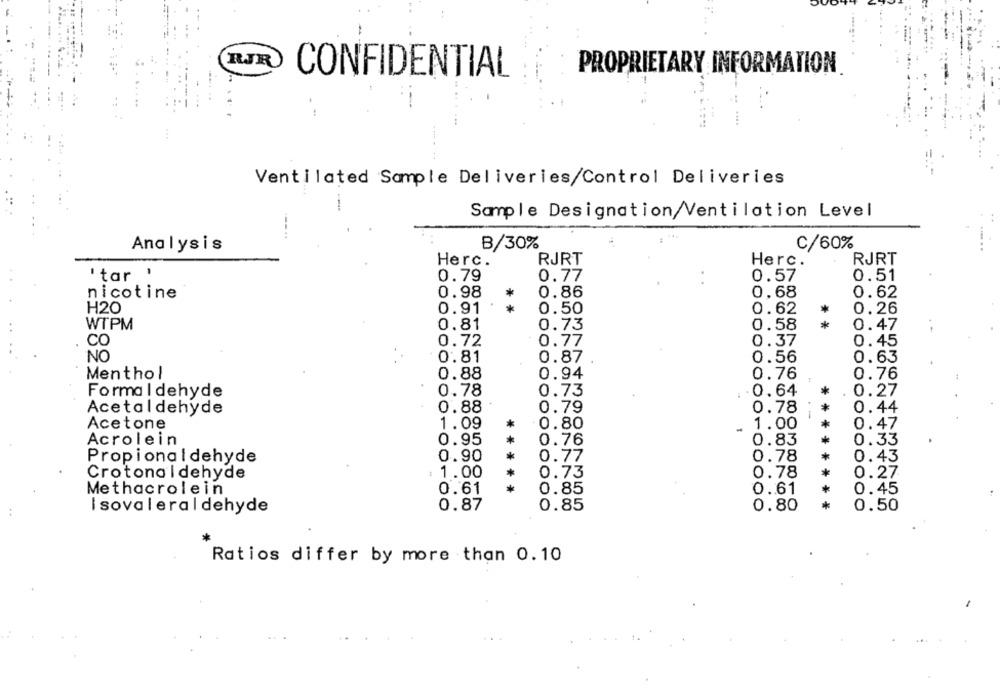
RJR
PROPRIETARY INFORMATION
CONFIDENTIAL
Ventilated Sample Deliveries/Control Deliveries
Sample Designation/Ventilation Level
.... .
Analysis
B/30%
C/60%
Herc.
RJRT
Herc.
RJRT
'tar '
0.79
0.77
0.57
0.51
nicotine
0.98
*
0.86
0.68
0.62
H20
0.91
*
0.50
LOOO
0.62
*
0.26
WTPM
0.81
0.73
*
0.58
0.47
CO
0.72
0.77
0.37
0.45
NO
0.81
0.87
0.56
0.63
Menthol
0.88
0.94
0.76
0.76
Formaldehyde
0.78
0.73
0.64
*
0.27
DOOO
Acetaldehyde
0.88
0.79
0.78
*
0.44
*
*
Acetone
1.09
OOOOOOOOT
0.80
-
1.00
0.47
Acrolein
0.95
*
0.76
0.83
*
0.33
Propionaldehyde
0.90
*
0.77
0.78
*
0.43
*
Crotonaldehyde
: 1.00
0.73
0.78
0.27
Methacrolein
0.61
*
0.85
0.61
*
0.45
0.87
0.85
0.80
*
0.50
I sovaleraldehyde
Ratios differ by more than 0.10